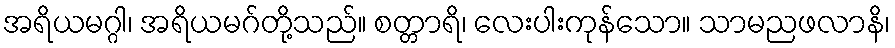
အရိယမဂ္ဂါ၊ အရိယမဂ်တို့သည်။ စတ္တာရိ၊ လေးပါးကုန်သော။ သာမညဖလာနိ၊